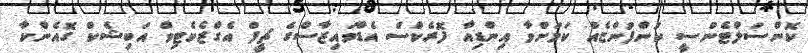
ކޮންސަލްޓެންސީ ކުންފުންޏެއް ކަމަށްވާ އިންޑިއާ ފޮރެކްސް އެޑްވައިޒާސްގެ ޗީފް އެގްޒެކެޓިވް އަބިޝެކް ގޮއެންކާ